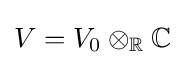
V=V_{0}\otimes _{\mathbb {R} }\mathbb {C}